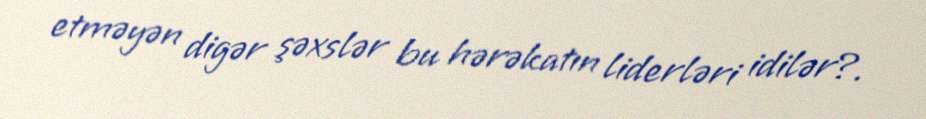
etməyən digər şəxslər bu hərəkatın liderləri idilər?.